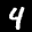
Label: 4